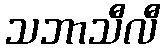
သဘာသီလီ